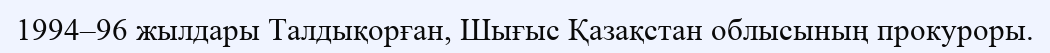
1994–96 жылдары Талдықорған, Шығыс Қазақстан облысының прокуроры.